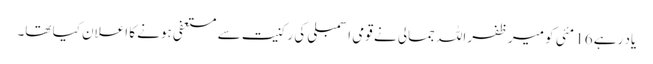
یاد رہے 16 مئی کو میر ظفراللہ جمالی نے قومی اسمبلی کی رکنیت سے مستعفی ہونے کا اعلان کیا تھا۔